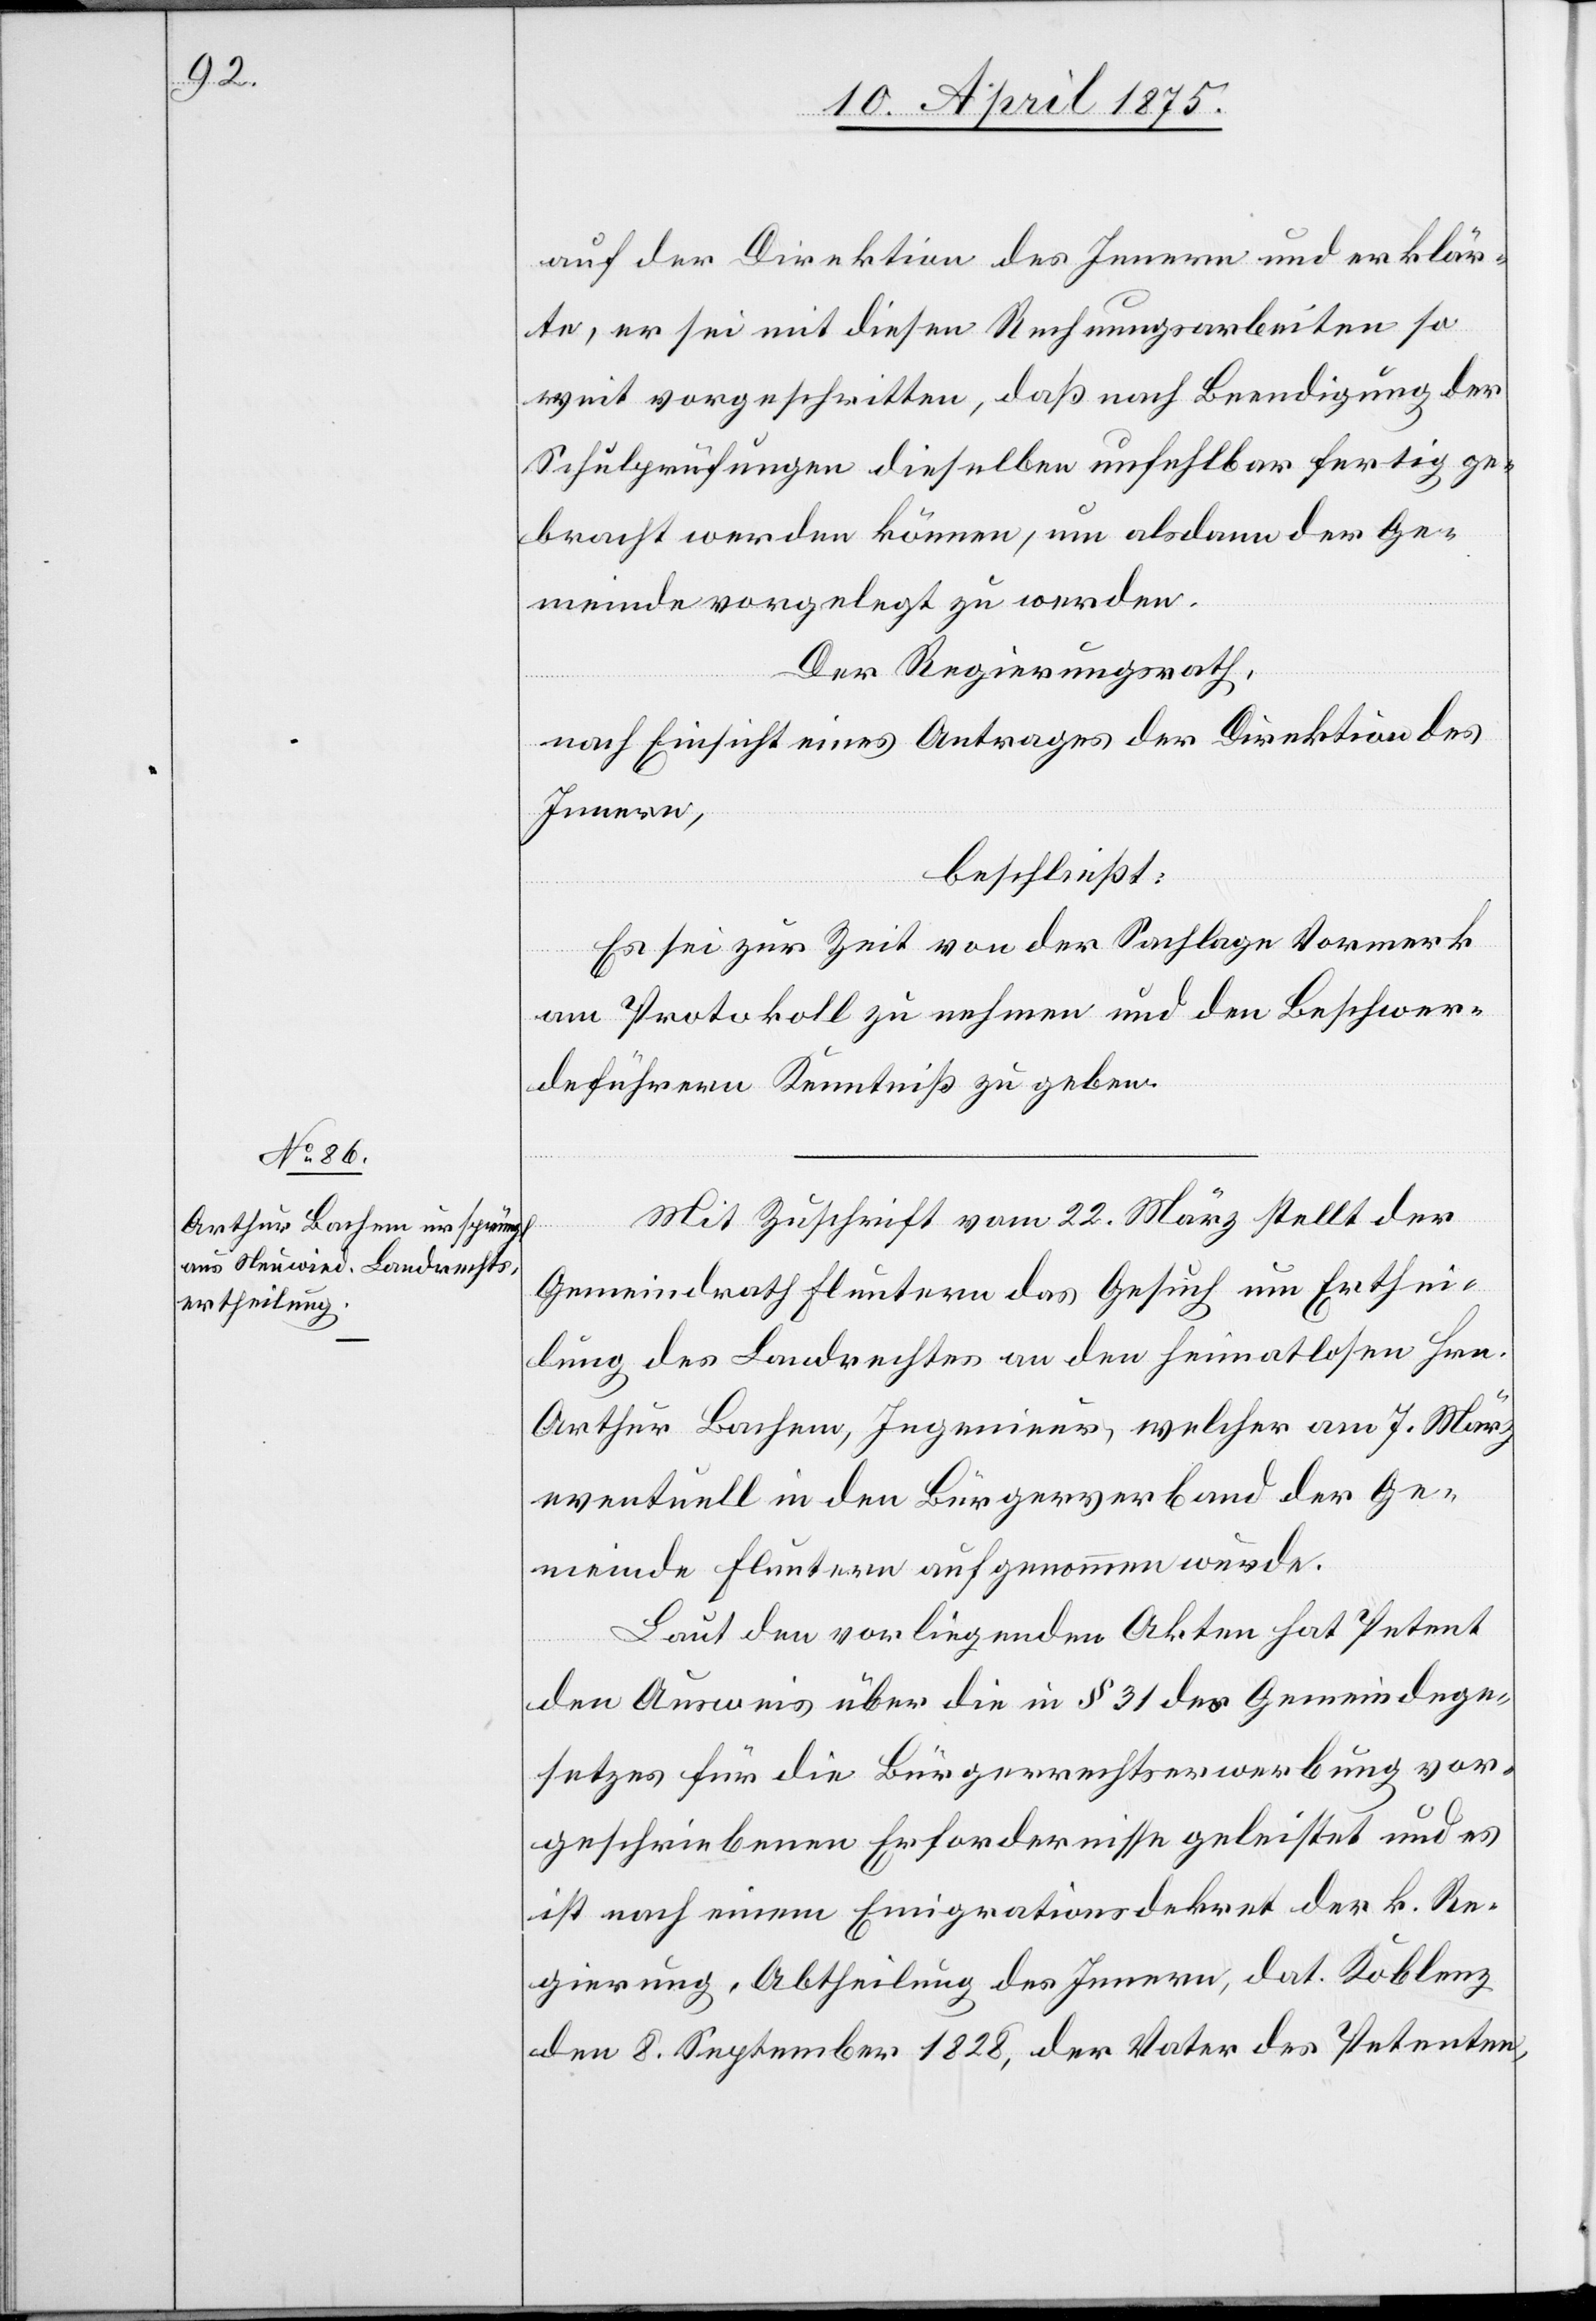
auf der Direktion des Innern und erklär¬
te, er sei mit diesen Rechnungsarbeiten so¬
weit fortgeschritten, daß nach Beendigung der
Schulprüfungen dieselben unfehlbar fertigge¬
bracht werden können, um alsdann der Ge¬
meinde vorgelegt zu werden.
Der Regierungsrath,
nach Einsicht eines Antrages der Direktion des
Innern,
beschließt:
Es sei zur Zeit von der Sachlage Vormerk
am Protokoll zu nehmen und den Beschwer¬
deführern Kenntniß zu geben.
Mit Zuschrift vom 22. März stellt der
Gemeindrath Fluntern das Gesuch um Erthei¬
lung des Landrechtes an den heimatlosen Hrn.
Arthur Bachem, Ingenieur, welcher am 7. März
eventuell in den Bürgerverband der Ge¬
meinde Fluntern aufgenommen wurde.
Laut den vorliegenden Akten hat Petent
den Ausweis über die in § 31 des Gemeindege¬
setzes für die Bürgerrechtserwerbung vor¬
geschriebenen Erfordernisse geleistet und es
ist nach einem Emigrationsdekret der k. Re¬
gierung, Abtheilung des Innern, dat. Koblenz
den 8. September 1828, der Vater des Petenten,